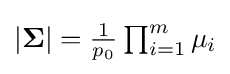
{\textstyle |{\boldsymbol {\Sigma }}|={\frac {1}{p_{0}}}\prod _{i=1}^{m}{\mu _{i}}}